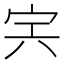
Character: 𡧢